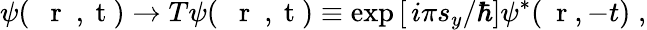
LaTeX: \psi(\mathrm{~{~\mathbf~r~}~,~t~})\to T\psi(\mathrm{~{~\mathbf~r~}~,~t~})\equiv\exp{[\, i\pi s_{y}/\hbar]}\psi^{*}(\mathrm{~\mathbf~r~},-t)\; ,